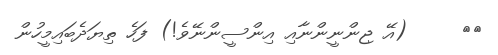
٤٠     (އޭ ޖިންނީންނާއި އިންސީންނޭވެ!) ފަހެ ތިޔަދެބައިމީހުން